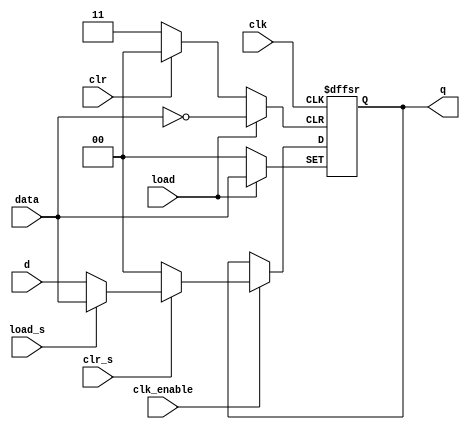
module R9(d, data, clk, clr, clr_s, load, load_s, clk_enable, q);
   parameter LEN = 2;
	input [LEN-1:0] d, data;
	input clk, clr, clr_s, load, load_s, clk_enable;
	output reg [LEN-1:0] q;
	
	always @ (negedge clr or posedge load or posedge clk)
	begin
		if (!clr)
		begin
			q <= {{LEN}{1'b0}};
		end
		else if (load)
		begin
			q <= data;
		end
		else
		begin
			if (clk_enable)
			begin
				if (!clr_s)
				begin
					q <= {{LEN}{1'b0}};
				end
				else if (load_s)
				begin
					q <= data;
				end
				else
				begin
					q <= d;
				end
			end
		end
	end	
endmodule